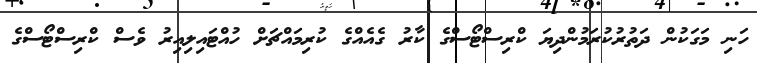
ހަނި މަގަކުން ދަތުރުކުރަމުންދިޔަ ކްރިސްޓޯސްގެ ކާރު ގެއެއްގެ ކުރިމައްޗަށް ހުއްޓައިލިއިރު ވެސް ކްރިސްޓޯސްގެ